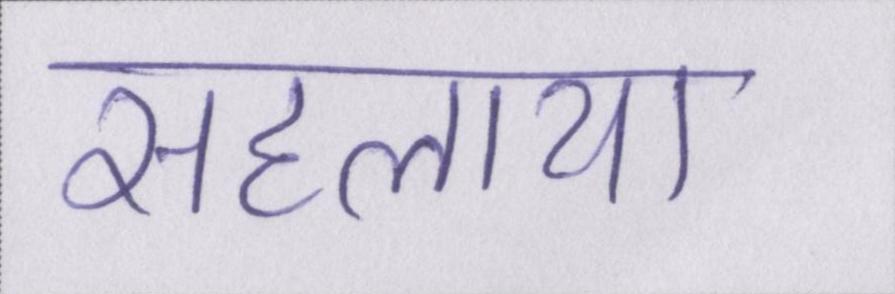
सहलाया